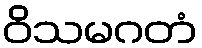
ဝိသမဂတံ